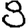
Digit: 8